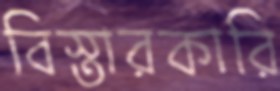
বিস্তারকারি